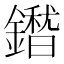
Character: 𮣕